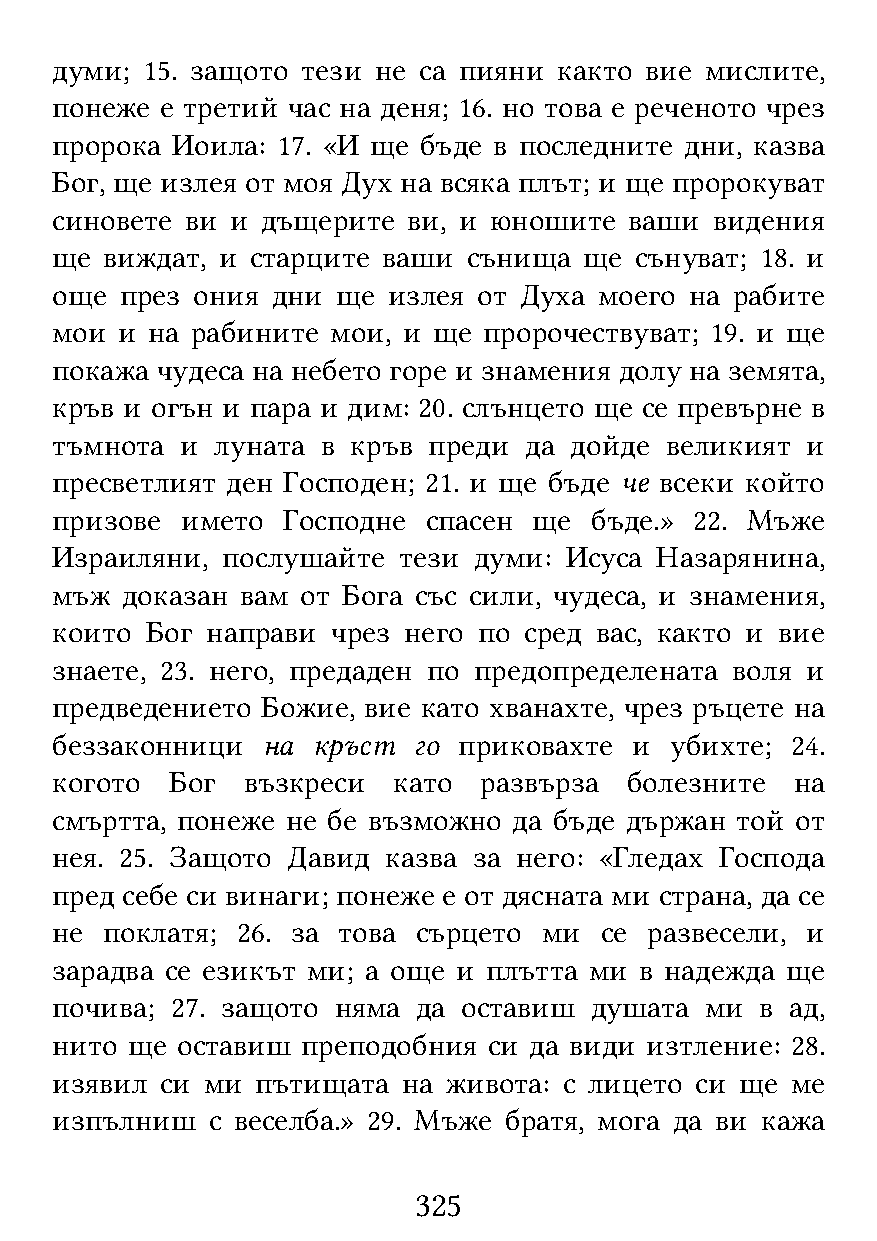
думи; 15. защото тези не са пияни както вие мислите,
 понеже  е третий час на деня; 16. но това е реченото чрез
 пророка Иоила: 17. «И ще бъде в последните дни, казва
 Бог, ще излея от моя Дух на всяка плът; и ще пророкуват
 синовете ви и дъщерите  ви, и юношите  ваши видения
 ще  виждат, и старците ваши сънища  ще сънуват; 18. и
 още  през ония дни ще  излея от Духа моего на рабите
 мои  и на рабините мои, и ще пророчествуват; 19. и ще
 покажа чудеса на небето горе и знамения долу на земята,
 кръв и огън и пара и дим: 20. слънцето ще се превърне в
 тъмнота  и луната в кръв преди  да дойде великият и
 пресветлият ден Господен; 21. и ще бъде че всеки който
 призове  името  Господне спасен ще  бъде.» 22. Мъже
 Израиляни,  послушайте тези думи: Исуса Назарянина,
 мъж  доказан вам от Бога със сили, чудеса, и знамения,
 които  Бог направи чрез него по сред вас, както и вие
 знаете, 23. него, предаден по предопределената воля и
 предведението Божие, вие като хванахте, чрез ръцете на
 беззаконници  на  кръст го приковахте  и убихте; 24.
 когото  Бог  възкреси  като  развърза  болезните  на
 смъртта, понеже не бе възможно да бъде държан той от
 нея. 25. Защото Давид  казва за него: «Гледах Господа
 пред себе си винаги; понеже е от дясната ми страна, да се
 не  поклатя; 26. за това сърцето ми  се развесели, и
 зарадва се езикът ми; а още и плътта ми в надежда ще
 почива; 27. защото няма  да оставиш душата  ми в ад,
 нито ще  оставиш преподобния си да види изтление: 28.
 изявил  си ми пътищата  на живота: с лицето си ще ме
 изпълниш   с веселба.» 29. Мъже братя, мога да ви кажа
 325